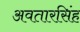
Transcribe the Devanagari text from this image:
अवतारसिंह